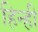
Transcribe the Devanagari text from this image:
हिन्ही